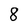
Character: 8